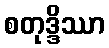
စတုဒ္ဒိဿာ